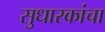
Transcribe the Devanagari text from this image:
सुधारकांचा